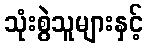
သုံးစွဲသူများနှင့်